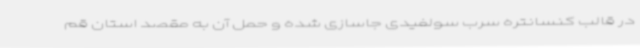
در قالب کنسانتره سرب سولفیدی جاسازی شده و حمل آن به مقصد استان قم